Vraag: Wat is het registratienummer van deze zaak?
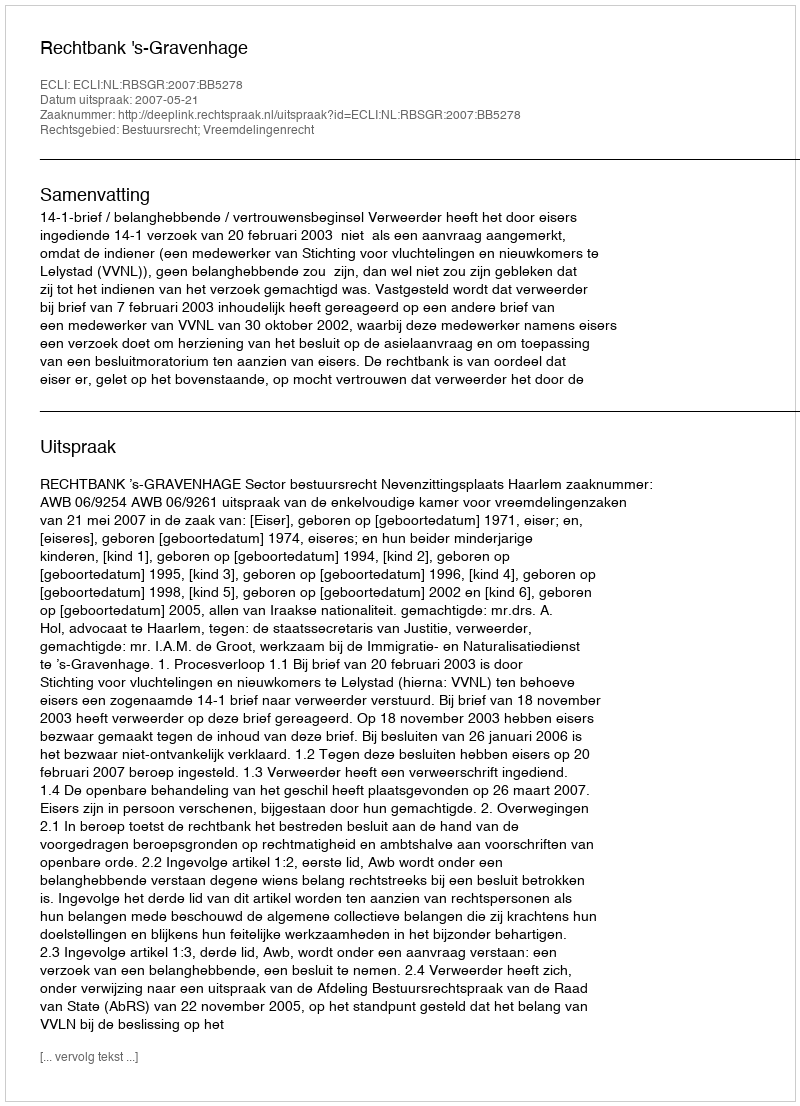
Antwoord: http://deeplink.rechtspraak.nl/uitspraak?id=ECLI:NL:RBSGR:2007:BB5278